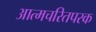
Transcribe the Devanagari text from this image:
आत्मचरितपरक